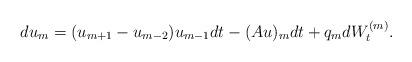
LaTeX: \begin{align*} d u_m = (u_{m+1}-u_{m-2})u_{m-1} dt - (Au)_m dt + q_m dW_t^{(m)}. \end{align*}